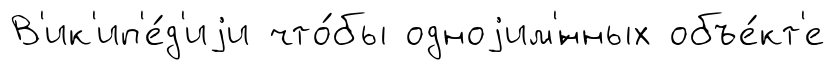
В'ик'ип'е́д'иjи что́бы одноjим'́нных объе́кт'е